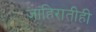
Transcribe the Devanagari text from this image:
जाहिरातीही